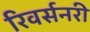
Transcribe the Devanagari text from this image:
रिवर्सनरी